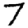
Digit: 7